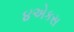
૪એકસ